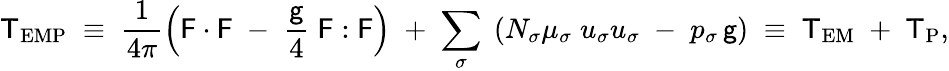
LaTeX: {\sf T}_{\mathrm{EMP}}\; \equiv\; \frac{1}{4\pi}\left({\sf F}\cdot{\sf F}\; -\; \frac{{\sf g}}{4}\; {\sf F}:{\sf F}\right)\; +\; \sum_{\sigma}\; \left(N_{\sigma}\mu_{\sigma}\; u_{\sigma}u_{\sigma}\; -\; p_{\sigma}\, {\sf g}\right)\; \equiv\; {\sf T}_{\mathrm{EM}}\; +\; {\sf T}_{\mathrm{P}},